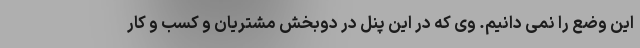
این وضع را نمی دانیم. وی که در این پنل در دوبخش مشتریان و کسب و کار